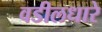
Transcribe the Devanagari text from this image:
वडीलधारे